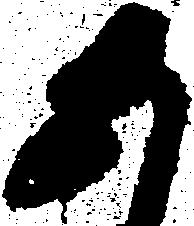
あ